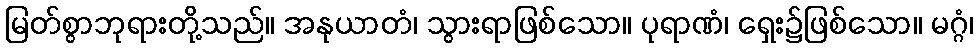
မြတ်စွာဘုရားတို့သည်။ အနုယာတံ၊ သွားရာဖြစ်သော။ ပုရာဏံ၊ ရှေး၌ဖြစ်သော။ မဂ္ဂံ၊